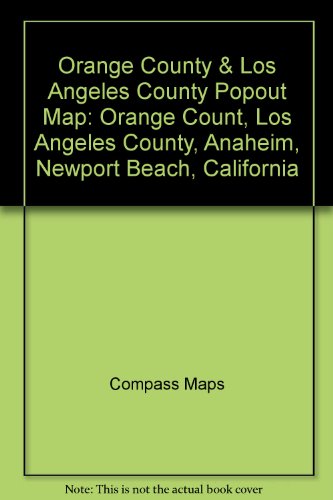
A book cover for Orange County & Los Angeles County Popout Map: Orange Count, Los Angeles County, Anaheim, Newport Beach, California; Compass Maps; Travel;